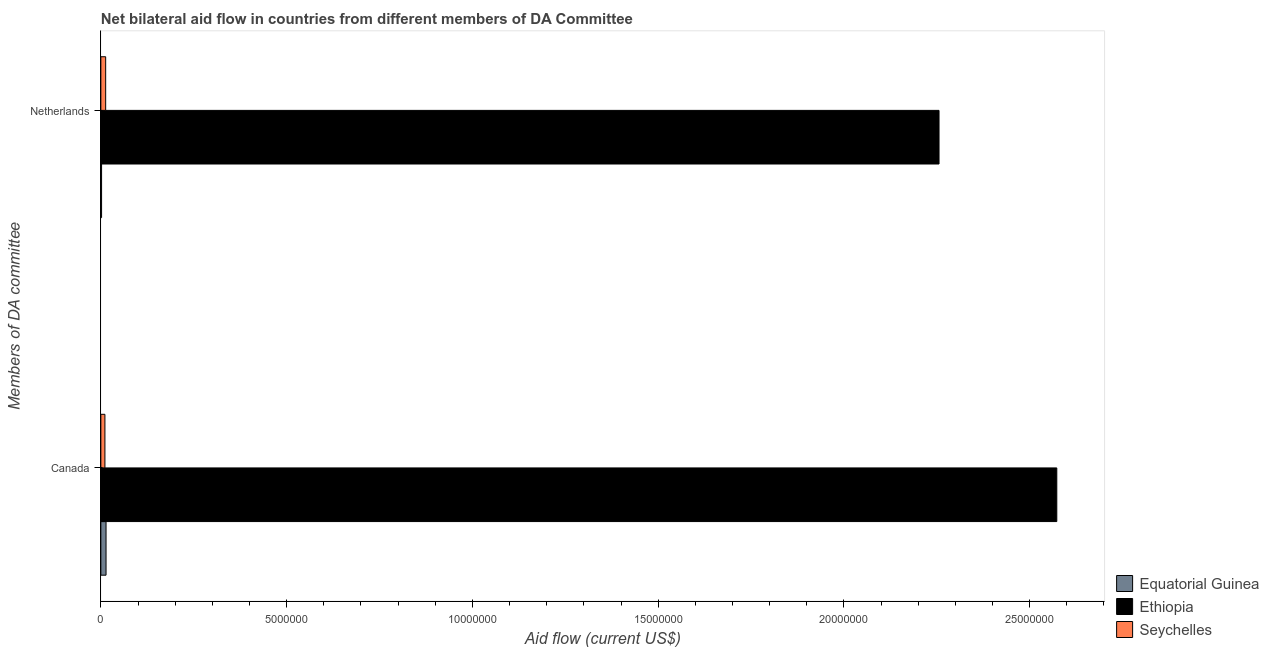
| Members of DA committee | Equatorial Guinea | Ethiopia | Seychelles |
 | --- | --- | --- | --- |
 | Canada | 1.4e+05 | 2.57e+07 | 1.1e+05 |
 | Netherlands | 2e+04 | 2.26e+07 | 1.3e+05 |